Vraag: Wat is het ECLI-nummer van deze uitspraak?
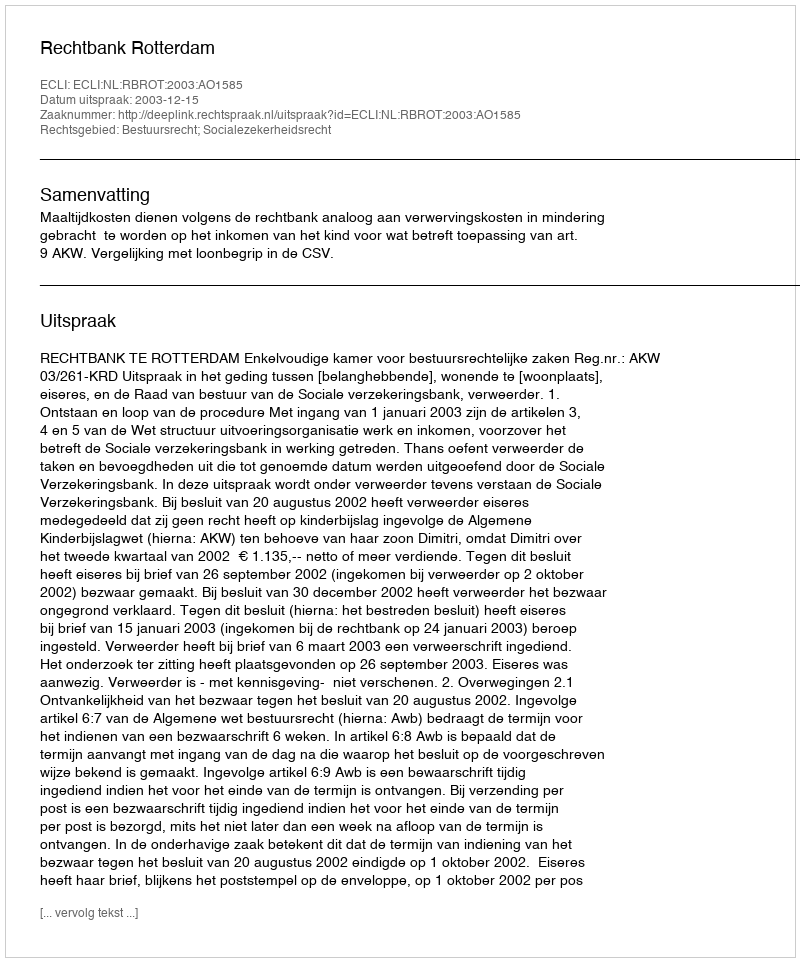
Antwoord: ECLI:NL:RBROT:2003:AO1585